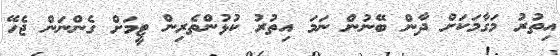
އިތުރު މަގާމަކަށް ދާން ބޭނުން ނަމަ އިތުރު ކުޅުންތެރިން ޓީމަށް ގެންނަން ޖެހޭ